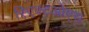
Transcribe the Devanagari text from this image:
रिएक्टओएस